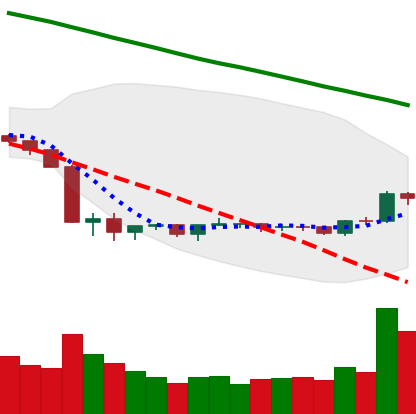
Ticker: BNB-USD
Chart end date: 2019-10-10
Forward return: 5.54%
Label: up_5_7